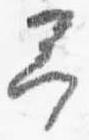
予